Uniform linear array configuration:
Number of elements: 32
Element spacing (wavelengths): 0.25
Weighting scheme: binomial
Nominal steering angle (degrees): -30
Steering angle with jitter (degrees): -28.21
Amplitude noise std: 0.05
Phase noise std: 0.05

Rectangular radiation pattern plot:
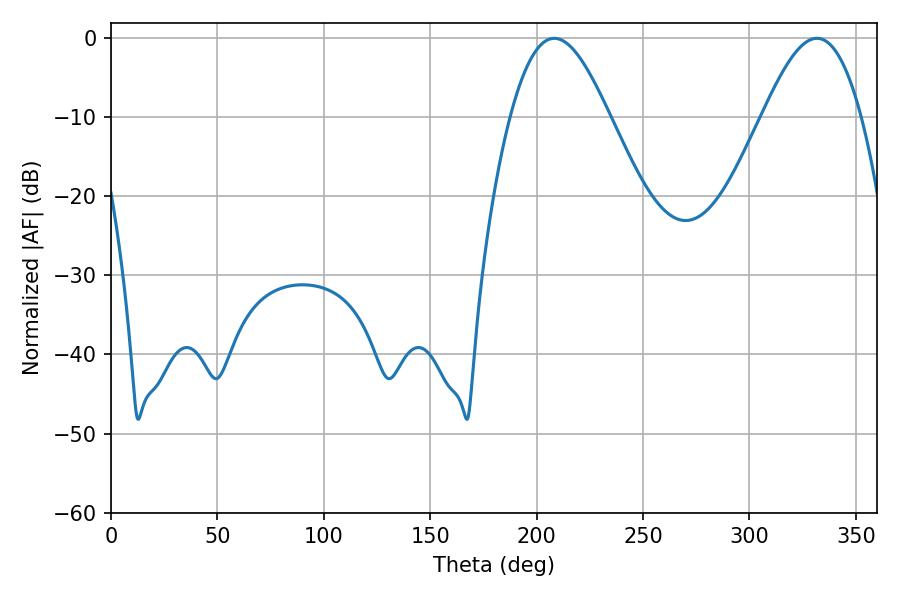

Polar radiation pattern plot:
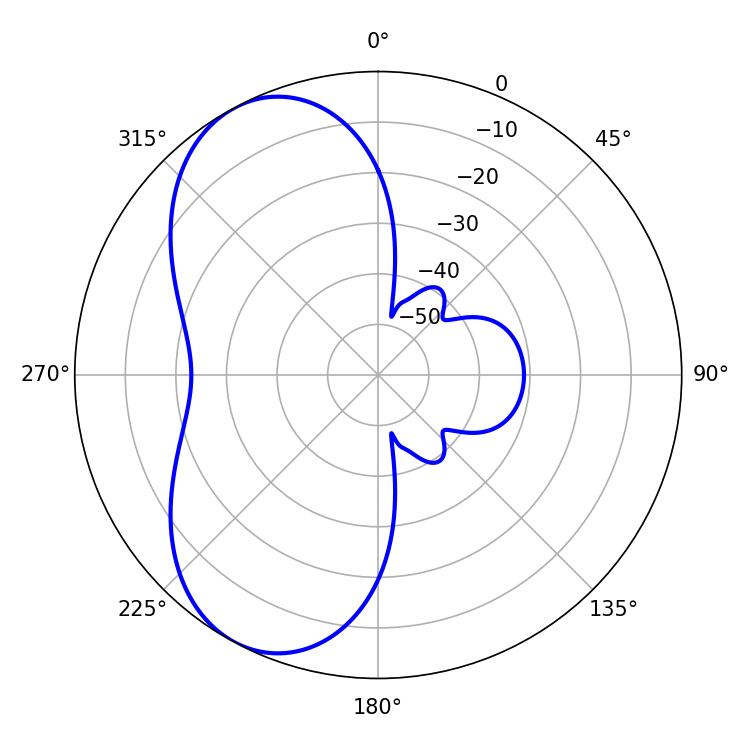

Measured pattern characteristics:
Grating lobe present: FALSE
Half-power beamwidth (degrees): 25.02
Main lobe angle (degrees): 208.26